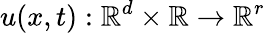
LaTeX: u(x,t):\mathbb{R}^{d}\times\mathbb{R}\to\mathbb{R}^{r}